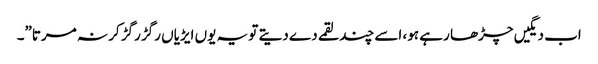
اب دیگیں چڑھا رہے ہو، اسے چند لقمے دے دیتے تو یہ یوں ایڑیاں رگڑ رگڑ کر نہ مرتا”۔